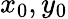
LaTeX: x_{0},y_{0}